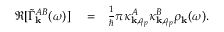
\begin{array} { r l r } { \Re [ \tilde { \Gamma } _ { \bf k } ^ { A B } ( \omega ) ] } & { { } = } & { \frac { 1 } { \hbar } \pi \kappa _ { { \bf k } , q _ { p } } ^ { A } \kappa _ { { \bf k } , q _ { p } } ^ { B } \rho _ { { \bf k } } ( \omega ) . } \end{array}